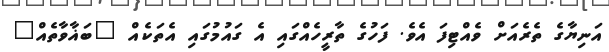
އަނިޔާގެ ތެރެއަށް ވެއްޓިފަ އެވެ. ފަހުގެ ތާރީހެއްގައި އެ ގައުމުގައި އެތަކެއް "ބަޣާވާތެއް"